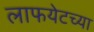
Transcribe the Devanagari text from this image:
लाफयेटच्या